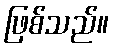
ဖြစ်သည်။